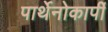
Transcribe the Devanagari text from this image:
पार्थेनोकार्पी